Report of the Indian Hemp Drugs Commission, 1894-1895 - Volume VII
Year: 1894
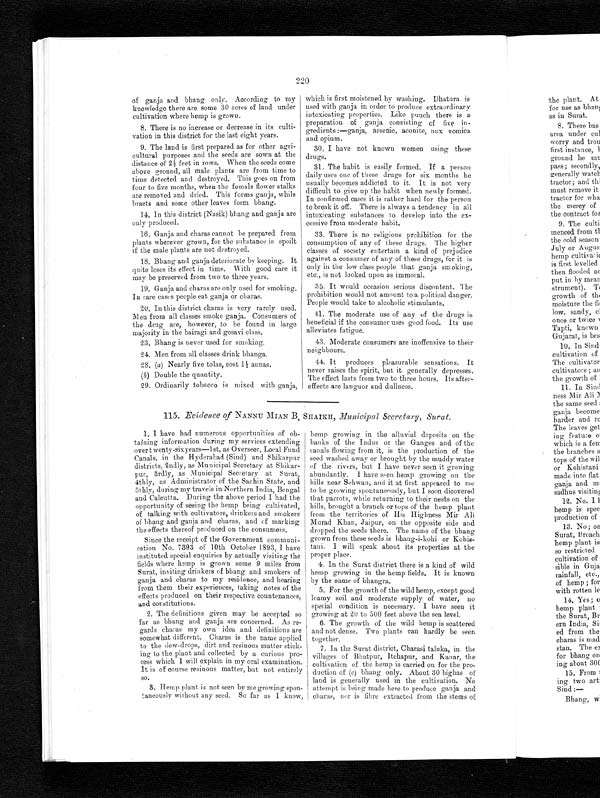
220
of ganja and bhang only. According to my
knowledge there are some 30 acres of land under
cultivation where hemp is grown.
8. There is no increase or decrease in its culti-
vation in this district for the last eight years.
9. The land is first prepared as for other agri-
cultural purposes and the seeds are sown at the
distance of 2 ½ feet in rows. When the seeds come
above ground, all male plants are from time to
time detected and destroyed. This goes on from
four to five months, when the female flower stalks
are removed and dried. This forms ganja, while
bracts and some other leaves form bhang.
14. In this district (Nasik) bhang and ganja are
only produced.
16. Ganja and charas cannot be prepared from
plants wherever grown, for the substance is spoilt
if the male plants are not destroyed.
18. Bhang and ganja deteriorate by keeping. It
quite loses its effect in time. With good care it
may be preserved from two to three years.
19. Ganja and charas are only used for smoking.
In rare cases people eat ganja or charas.
20. In this district charas is very rarely used.
Men from all classes smoke ganja. Consumers of
the drug are, however, to be found in large
majority in the bairagi and gosavi class.
23. Bhang is never used for smoking.
24. Men from all classes drink bhanga.
28. (a) Nearly five tolas, cost 1½ annas.
(b) Double the quantity.
29. Ordinarily tobacco is mixed with ganja,
which is first moistened by washing. Dhatura is
used with ganja in order to produce extraordinary
intoxicating properties. Like punch there is a
preparation of ganja consisting of five in-
gredients :—ganja, arsenic, aconite, nux vomica
and opium.
30. I have not known women using these
drugs.
31. The habit is easily formed. If a person
daily uses one of these drugs for six months he
usually becomes addicted to it. It is not very
difficult to give up the habit when newly formed.
In confirmed cases it is rather hard for the person
to break it off. There is always a tendency in all
intoxicating substances to develop into the ex-
cessive from moderate habit.
33. There is no religious prohibition for the
consumption of any of these drugs. The higher
classes of society entertain a kind of prejudice
against a consumer of any of these drugs, for it is
only in the low class people that ganja smoking,
etc., is not looked upon as immoral.
35. It would occasion serious discontent. The
prohibition would not amount to a political danger.
People would take to alcoholic stimulants.
41. The moderate use of any of the drugs is
beneficial if the consumer uses good food. Its use
alleviates fatigue.
43. Moderate consumers are inoffensive to their
neighbours.
4 4 . I t p r o d u c e s p l e a s u r a b l e s e n s a t i o n s . I t n e v e r r a i s e s t h e s p i r i t , b u t i t g e n e r a l l y d e p r e s s e s .
The effect lasts from two to three hours. Its after-
effects are languor and dullness.
115. Evidence of NANNU MIAN B.SHAIKH, Municipal Secretary, Surat.
1. I have had numerous opportunities of ob-
taining information during my services extending
over twenty-sixyears—1st, as Overseer, Local Fund
Canals, in the Hyderabad (Sind) and Shikarpur
districts, 2ndly, as Municipal Secretary at
S h i k a r - p u r , 3 r d l y , a s M u n i c i p a l S e c r e t a r y a t S u r a t ,
4thly, as Administrator of the Sachin State, and
5thly, during my travels in Northern India, Bengal
and Calcutta. During the above period I had the
opportunity of seeing the hemp being cultivated,
of talking with cultivators, drinkers and smokers
of bhang and ganja and charas, and of marking
the effects thereof produced on the consumers.
Since the receipt of the Government communi-
cation No. 7393 of 10th October 1893, I have
instituted special enquiries by actually visiting the
fields where hemp is grown some 9 miles from
Surat, inviting drinkers of bhang and smokers of
ganja and charas to my residence, and hearing
from them their experiences, taking notes of the
effects produced on their respective countenances,
and constitutions.
2. The definitions given may be accepted so
far as bhang and ganja are concerned. As re-
gards charas my own idea and definitions are
somewhat different. Charas is the name applied
to the dew-drops, dirt and resinous matter stick-
ing to the plant and collected by a curious pro-
cess which I will explain in my oral examination.
It is of course resinous matter, but not entirely
so.
3. Hemp plant is not seen by me growing spon-
taneously without any seed. So far as I know,
hemp growing in the alluvial deposits on the
banks of the Indus or the Ganges and of the
canals flowing from it, is the production of the
seed washed away or brought by the muddy water
of the rivers, but I have never seen it growing
abundantly. I have seen hemp growing on the
hills near Sehwan, and it at first appeared to me
to be growing spontaneously, but I soon dicovered
that parrots, while returning to their nests on the
hills, brought a branch or tops of the hemp plant
from the territories of His Highness Mir Ali
Murad Khan, Jaipur, on the opposite side and
dropped the seeds there. The name of the bhang
grown from these seeds is bhang-i-kohi or
K o h i s - t a n i . I w i l l s p e a k a b o u t i t s p r o p e r t i e s a t t h e
proper place.
4. In the Surat district there is a kind of wild
hemp growing in the hemp fields. It is known
by the name of bhangra.
5. For the growth of the wild hemp, except good
loamy soil and moderate supply of water, no
special condition is necessary. I have seen it
growing at 20 to 500 feet above the sea level.
6. The growth of the wild hemp is scattered
and not dense. Two plants can hardly be seen
together.
7. In the Surat district, Charasi taluka, in the
villages of Bhatpur, Itchapur, and Kanar, the
cultivation of the hemp is carried on for the pro-
duction of (c) bhang only. About 30 bighas of
land is generally used in the cultivation. No
attempt is being made here to produce ganja and
charas, nor is fibre extracted from the stems of